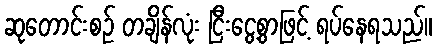
ဆုတောင်းစဉ် တချိန်လုံး ငြီးငွေ့စွာဖြင့် ရပ်နေရသည်။